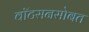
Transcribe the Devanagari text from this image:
वाॅटसनसोबत